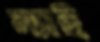
ন্যাই